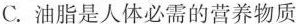
C.油脂是人体必需的营养物质